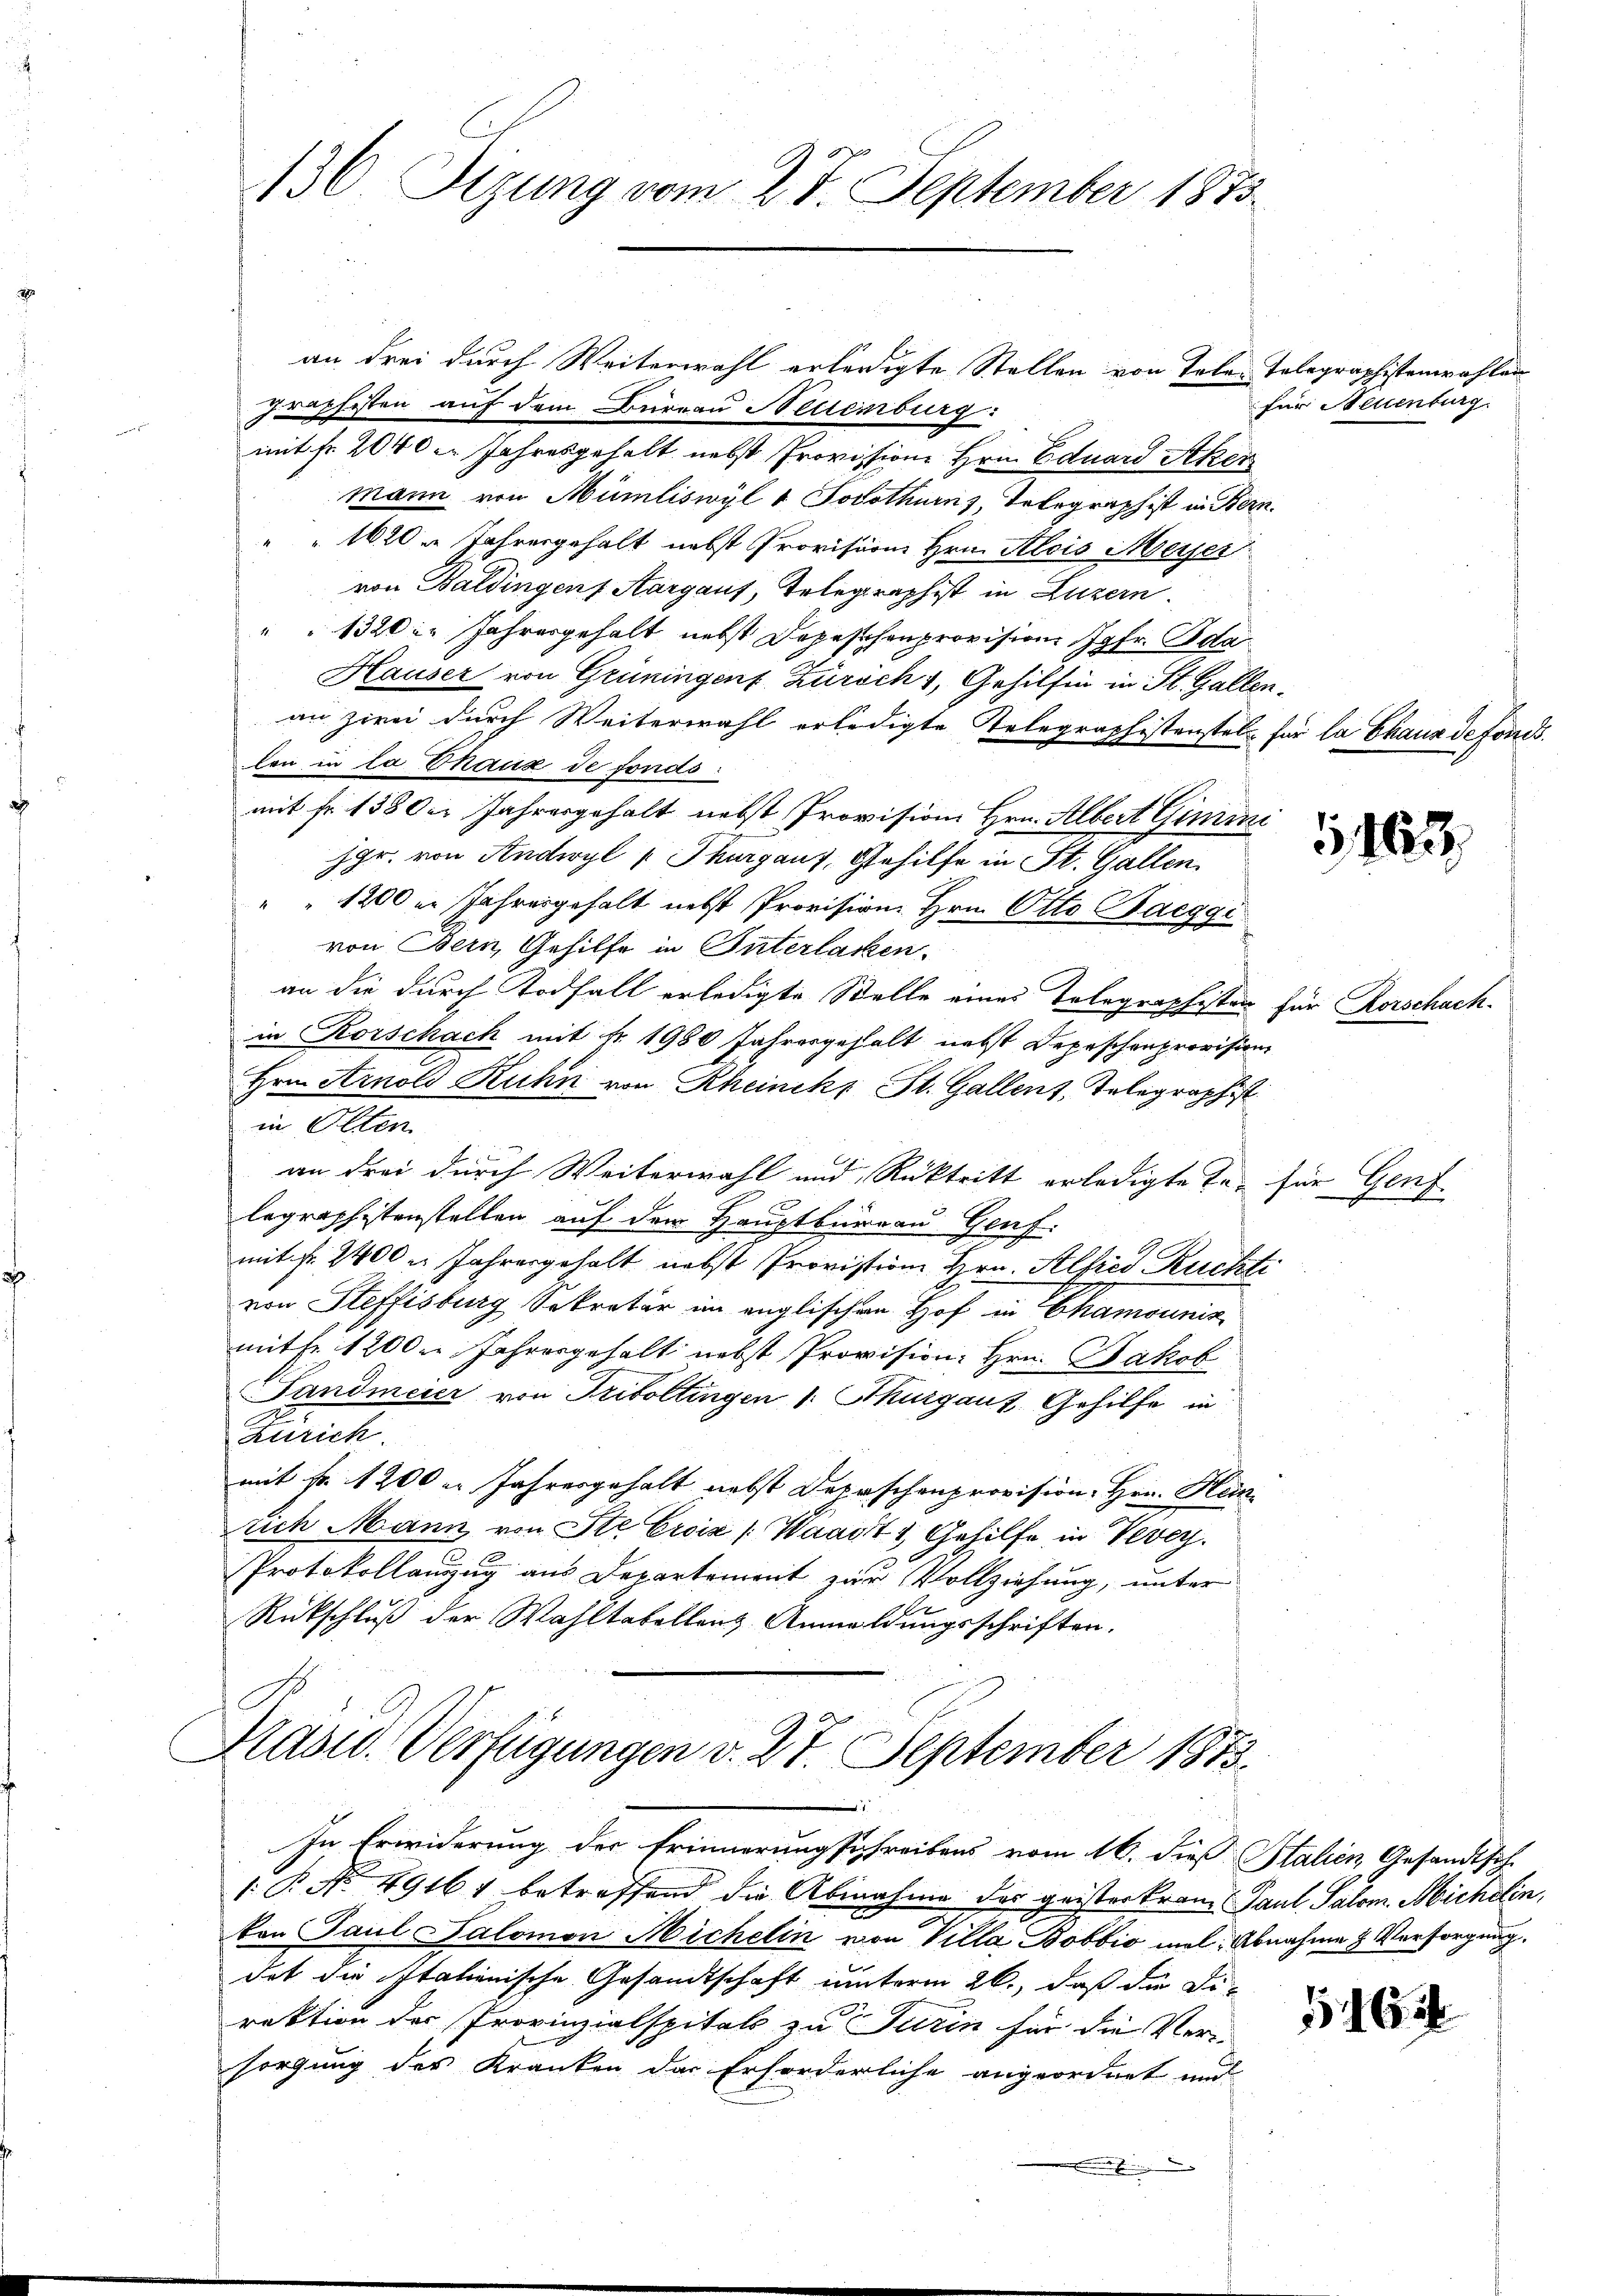
an drei durch Weiterwahl erledigte Stellen von Talent
graphesten auf dem Bureau Nellenburg:
f
mit Fr. 2040 Jahresgehalt nebst Provission Hrn. Eduard Ather
mann von Mümliswyl & Solothurn, Telegraph ist in Bern.
1620 u. Jahresgehalt nebst Provision Hrn. Alois Meyer
von Baldingen, Aargauf, Telegraphist in Luzern.
" 1320. Jahresgehalt nebst Depeschenprovision Jgfr. Ada
Hauser von Grüningen Zürich 1, Gehilfen in St. Gallen
an zwei durch Weiterwahl erledigte Telegraphistenstel
len in la Thaus de fondo
mit Fr. 138 der Jahresgehalt nebst Provisions Hrn. Albert Gimini
jgr. von Andwyl Thurgaus, Gehilfe in St. Gallen
" " 1200 in Jahresgehalt nebst Provision Hrn. Otto Baeggi
von Bern, Gehilfe in Unterlacken.
an die durch Todfall erledigte Stelle eines Telegraphistan
in Rorschach mit Nr. 1980 Jahresgehalt nebst Depeschenprovision
Hrn. Arnold Ruhn von Rheinik, St. Gallens, Telegraphist
in Olten
an drei durch Weiterwahl und Rücktritt erledigte Ta- für Genf
legraphistenstellen auf dem Hauptbureau Genf.
mit fr. 2400 u. Jahresgehalt nebst Provistion Hrn. Alfred Ruchti
von Steffisburg, Sekretär im englischen Hof in Chamounis
mitfr. 1200. Jahresgehalt nebst Provision Hrn. Jakob
Landmeier von Triboltingen 1. Thurgauz, Gehilfe in
Zürich.
mit Fr. 1200 er Jahresgehalt nebst Depeschenprovision Hrn. Heinrich Mann von Ste Creiz (Waadt & Gehilfe in Vevey.
Protokollanzug aus Departement zur Vollziehung, unter
Rückschluß der Wahltatellenz Anmeldungsschriften.

136 Sizung vom 27. September 1875

Hasu. Verfügungen v. 27. September 1873.

In Erwiderung der Erinnerungsschreibens vom 16. dieß Stalien, Gesandtsch-

1. B No. 49161 betreffend die Abnahme der geisterkram Paul Salom. Michelin,
kon Paul Salomon Michelin von Villa Bobbio mal Abnahme & Versorgung.
dot die Italienische Gesandtschaft unterm 26., daß die Direktion der Provinzialspitals zu Turin für die Versorgung des Kranken der Erforderliche angeordnet und
.

ebegraphistenwahlen
ur Neuenburg

s
für la Chaus defonds.

1163.

für Rorschach

1465